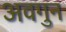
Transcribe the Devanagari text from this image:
अवगुन